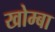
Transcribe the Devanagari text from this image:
खोम्बा